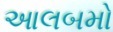
આલબમો